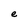
Character: e